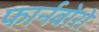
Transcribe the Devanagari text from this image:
फार्नबोरो